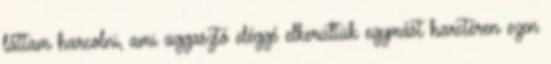
láttam harcolni, ami aggasztó eléggé elkerültük egymást harctéren ezen